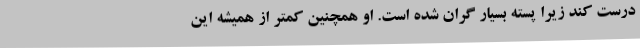
درست کند زیرا پسته بسیار گران شده است. او همچنین کمتر از همیشه این